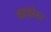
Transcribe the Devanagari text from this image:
नक्कीरर